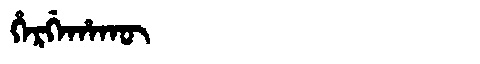
Manchu: ᡥᡝᡵᡤᡝᡥᠠᡴᡡ
Romanization: HERGEHAKŪ